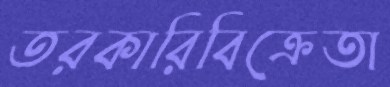
তরকারিবিক্রেতা